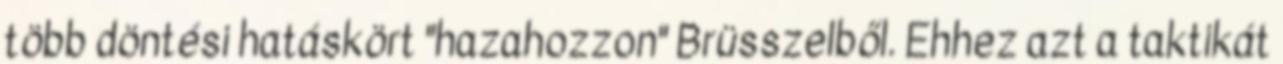
több döntési hatáskört "hazahozzon" Brüsszelből. Ehhez azt a taktikát